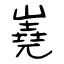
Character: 嶤